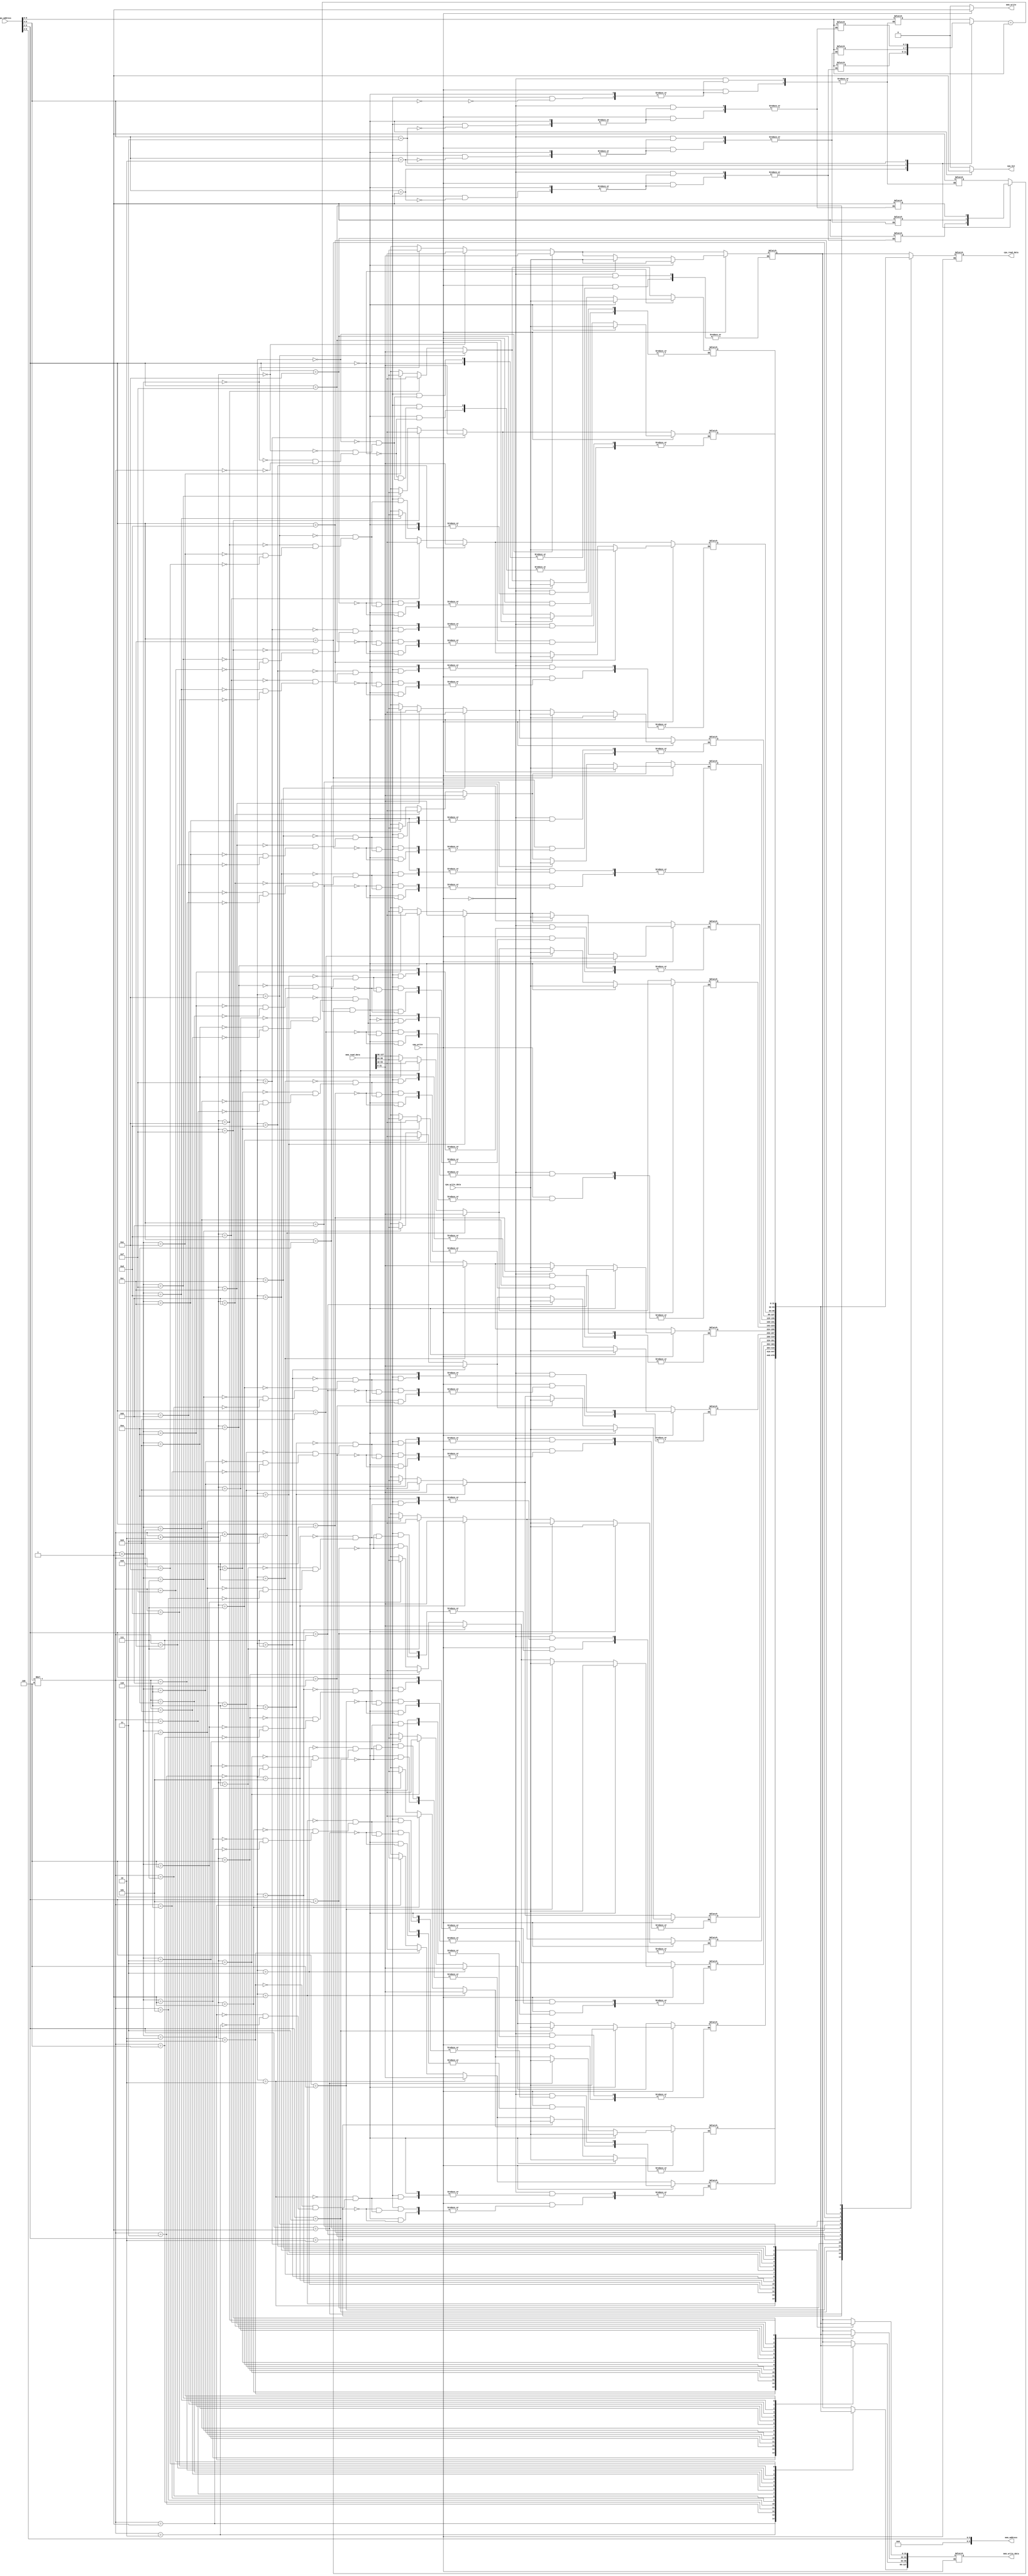
`timescale 1ns / 1ps
//////////////////////////////////////////////////////////////////////////////////
// Company: 
// Engineer: 
// 
// Design Name: 
// Module Name: cache_1a
// Project Name: 
// Target Devices: 
// Tool Versions: 
// Description: 
// 
// Dependencies: 
// 
// Revision:
// Revision 0.01 - File Created
// Additional Comments:
// 
//////////////////////////////////////////////////////////////////////////////////


module cache_1a(cpu_write, cpu_address, cpu_write_data, cpu_read_data, cpu_hit, mem_write, mem_address, mem_write_data, mem_read_data);
      input       cpu_write;
      input       [9:0]cpu_address;
      input       [31:0]cpu_write_data;
      output reg  [31:0]cpu_read_data;
      output reg  cpu_hit;
      output reg  mem_write;
      output reg  [9:0]mem_address;
      output reg  [127:0]mem_write_data;
      input       [127:0]mem_read_data;
// we have 4 blocks, each block we have 4 words, so we need the size to be 4*4 = 16 
// the length of each word in line is 128/4 = 32 
      reg         [31:0]cache[15:0];
      reg         V[3:0];
// the size of tag is 10-2(byte off)-2(word off)-2(index) = 4
      reg         [3:0]tag[3:0];
// initialize all the reg
      integer     i;
      integer     j;
      wire        [3:0]my_tag;
      wire        [1:0]my_index;
      wire        [3:0]cache_address;
      wire        [1:0]my_wordoff;
      wire        [5:0]my_address;
      assign      my_tag = cpu_address[9:6];
      assign      my_index = cpu_address[5:4];
      assign      cache_address = cpu_address[5:2];
      assign      my_wordoff = cpu_address[3:2];
      assign      my_address = cpu_address[9:4];

      initial begin
            for(i = 0 ; i < 16 ; i = i + 1)begin
                  cache[i] = 32'b0;
            end
            for(j = 0 ; j < 4 ; j = j + 1)begin
                  V[j] = 0;
                  tag[j] = 4'b0;
            end
      end
      
      always@(*)begin
      //write cache and write mem
            if(cpu_write == 1)begin                  
                  mem_address <= my_address;
                  if(V[my_index] == 1 && tag[my_index] == my_tag)begin
                        cpu_hit <= 1;
                        //write cache  
                        cache[cache_address]   <= cpu_write_data;
                        //write mem
                        mem_write_data[127:96] <= cache[my_index * 4];
                        mem_write_data[95:64]  <= cache[my_index * 4 + 1];
                        mem_write_data[63:32]  <= cache[my_index * 4 + 2];
                        mem_write_data[31:0]   <= cache[my_index * 4 + 3];
                  end
                  else begin
                        cpu_hit <= 0;
                        V[my_index] <= 1;
                        tag[my_index] <= my_tag;
                        mem_write <= 0; // to read data from mem
                        //fetch block
                        cache[my_index * 4] <= mem_read_data[127:96];
                        cache[my_index * 4 + 1] <= mem_read_data[95:64];
                        cache[my_index * 4 + 2] <= mem_read_data[63:32];
                        cache[my_index * 4 + 3] <= mem_read_data[31:0];
                        //write cache
                        cache[cache_address]   <= cpu_write_data;
                        //write mem
                        mem_write_data[127:96] <= cache[my_index * 4];
                        mem_write_data[95:64]  <= cache[my_index * 4 + 1];
                        mem_write_data[63:32]  <= cache[my_index * 4 + 2];
                        mem_write_data[31:0]   <= cache[my_index * 4 + 3];

                  end
                  mem_write <= 1; //write mem
            end
            else begin
                  mem_write <= 0;
                  mem_address <= my_address;
                  if(V[my_index] == 1 && tag[my_index] == my_tag)begin
                        cpu_hit <= 1;
                        cpu_read_data <= cache[cache_address];
                  end
                  else begin
                        cpu_hit <= 0;
                        V[my_index] <= 1;
                        tag[my_index] <= my_tag;
                        //fetch block
                        cache[my_index * 4] <= mem_read_data[127:96];
                        cache[my_index * 4 + 1] <= mem_read_data[95:64];
                        cache[my_index * 4 + 2] <= mem_read_data[63:32];
                        cache[my_index * 4 + 3] <= mem_read_data[31:0];
                        //output
                        cpu_read_data <= cache[cache_address];
                  end
            end
      end
endmodule